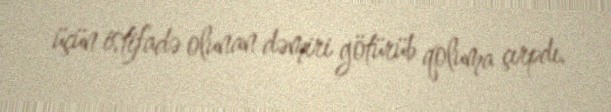
üçün istifadə olunan dəmiri götürüb qoluma çırpdı.